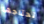
تحتاجها